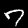
Label: 7